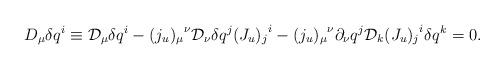
LaTeX: \begin{align*}D_\mu\delta q^i\equiv{\cal D}_\mu\delta q^i-{(j_u)_\mu}^\nu{\cal D}_\nu\delta q^j {(J_u)_j}^i-{(j_u)_\mu}^\nu\partial_\nu q^j {\cal D}_k{(J_u)_j}^i\delta q^k=0.\end{align*}